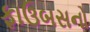
ફાઉબસનો